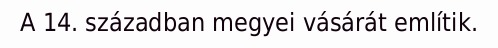
A 14. században megyei vásárát említik.